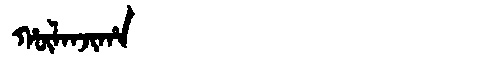
Manchu: ᡥᡡᠯᠠᠨᠵᡳᡥᠠ
Romanization: HŪLANJIHA